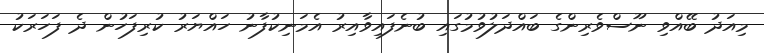
މިއަދު ބޭއްވި ނޫސްވެރިންގެ ބައްދަލުވުމުގައި ބުނެފައިވާއިރު އެމަނިކުފާނު ހައްޔަރު ކުރިފަހުން ދެ ފަހަރަކު